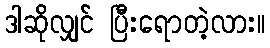
ဒါဆိုလျှင် ပြီးရောတဲ့လား။